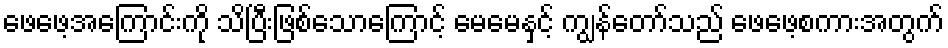
ဖေဖေ့အကြောင်းကို သိပြီးဖြစ်သောကြောင့် မေမေနှင့် ကျွန်တော်သည် ဖေဖေ့စကားအတွက်